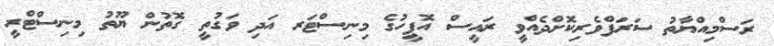
ރަސްމިއްޔާތު ސަރަފްވެރިކޮށްދެއްވީ ރައީސް އޮފީހުގެ މިނިސްޓަރ އަދި ވަގުތީ ގޮތުން ޔޫތު މިނިސްޓްރީ